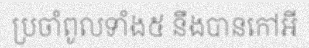
ប្រចាំពូលទាំង៥ នឹងបានកៅអី